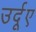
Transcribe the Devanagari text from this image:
उर्दूए